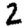
Digit: 2